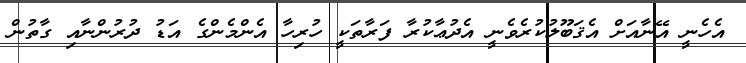
އެހެނީ އޭނާއަށް އެޤަބޫލުކުރެވެނީ އެދުޢާކުރާ ފަރާތަކީ ހުރިހާ އެންމެންގެ އަޑު ދުރުންނާއި ގާތުން